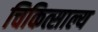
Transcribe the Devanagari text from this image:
चिकित्साल्य